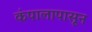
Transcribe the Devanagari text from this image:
कंपालापासून